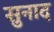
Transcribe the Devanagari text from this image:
सुनाद